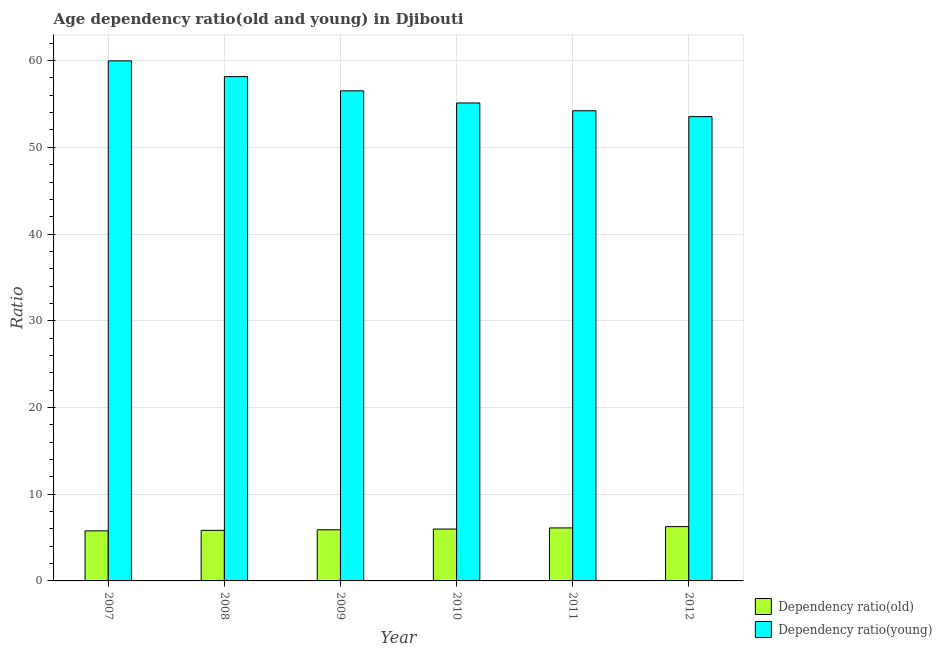
| Year | Dependency ratio(old) | Dependency ratio(young) |
 | --- | --- | --- |
 | 2007 | 5.77 | 60 |
 | 2008 | 5.83 | 58.2 |
 | 2009 | 5.9 | 56.5 |
 | 2010 | 5.98 | 55.1 |
 | 2011 | 6.11 | 54.2 |
 | 2012 | 6.26 | 53.5 |